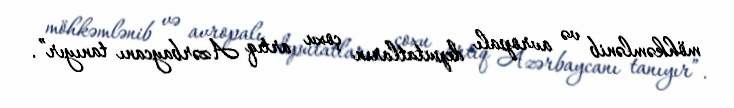
möhkəmlənib və avropalı deputatların çoxu artıq Azərbaycanı tanıyır”.